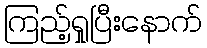
ကြည့်ရှုပြီးနောက်